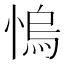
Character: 𢞬